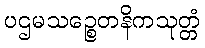
ပဌမသဉ္စေတနိကသုတ္တံ